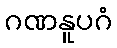
ဂဏနူပဂံ